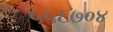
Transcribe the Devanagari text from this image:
५५६७०४